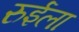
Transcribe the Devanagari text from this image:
रुईला